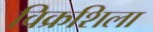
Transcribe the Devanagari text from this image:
विक्रशिला